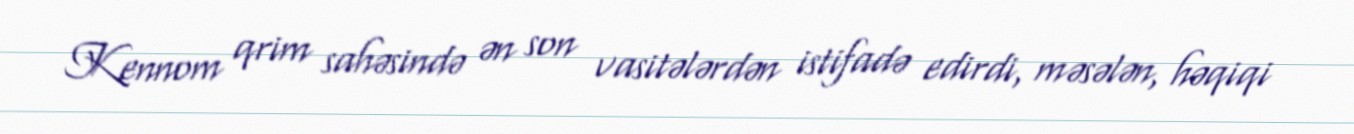
Kennom qrim sahəsində ən son vasitələrdən istifadə edirdi, məsələn, həqiqi